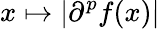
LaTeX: x\mapsto\left|\partial^{p}f(x)\right|